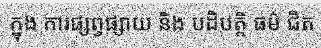
ក្នុង ការផ្សព្វផ្សាយ និង បដិបត្តិ ធម៌ ជិត